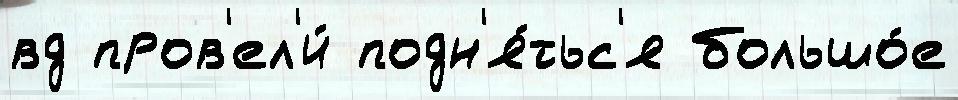
вд пров'ел'и́ подн'я́тьс'я большо́е